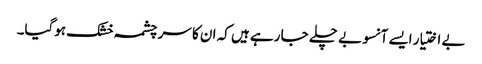
بے اختیار ایسے آنسو بے چلے جا رہے ہیں کہ ان کا سر چشمہ خشک ہوگیا۔